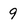
Character: 9